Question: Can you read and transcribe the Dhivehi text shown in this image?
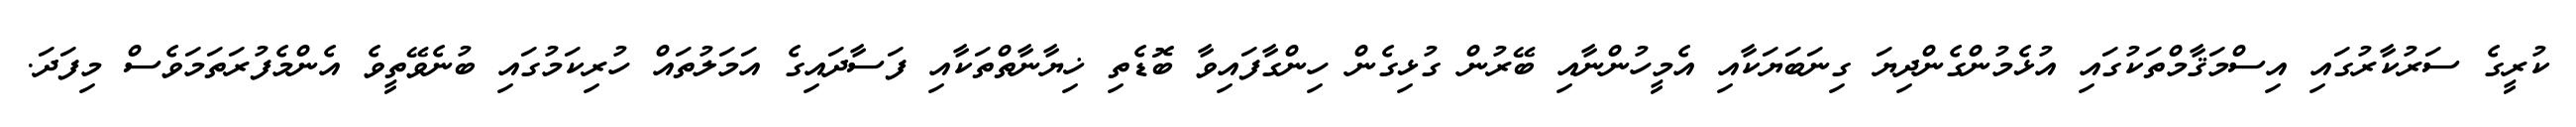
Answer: ކުރީގެ ސަރުކާރުގައި އިސްމަޤާމްތަކުގައި އުޅެމުންގެންދިޔަ ގިނަބަޔަކާއި އެމީހުންނާއި ބޭރުން ގުޅިގެން ހިންގާފައިވާ ބޮޑެތި ޚިޔާނާތްތަކާއި ފަސާދައިގެ އަމަލުތައް ހުރިކަމުގައި ބުނެވޭތީވެ އެންމެފުރަތަމަވެސް މިފަދަ.